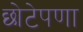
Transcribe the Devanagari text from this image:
छोटेपणा